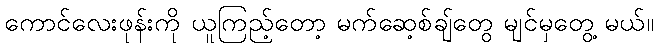
ကောင်လေးဖုန်းကို ယူကြည့်တော့ မက်ဆေ့စ်ချ်တွေ မျင်မှတွေ့ မယ်။